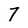
Character: 7